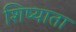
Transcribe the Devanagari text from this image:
शिष्याता